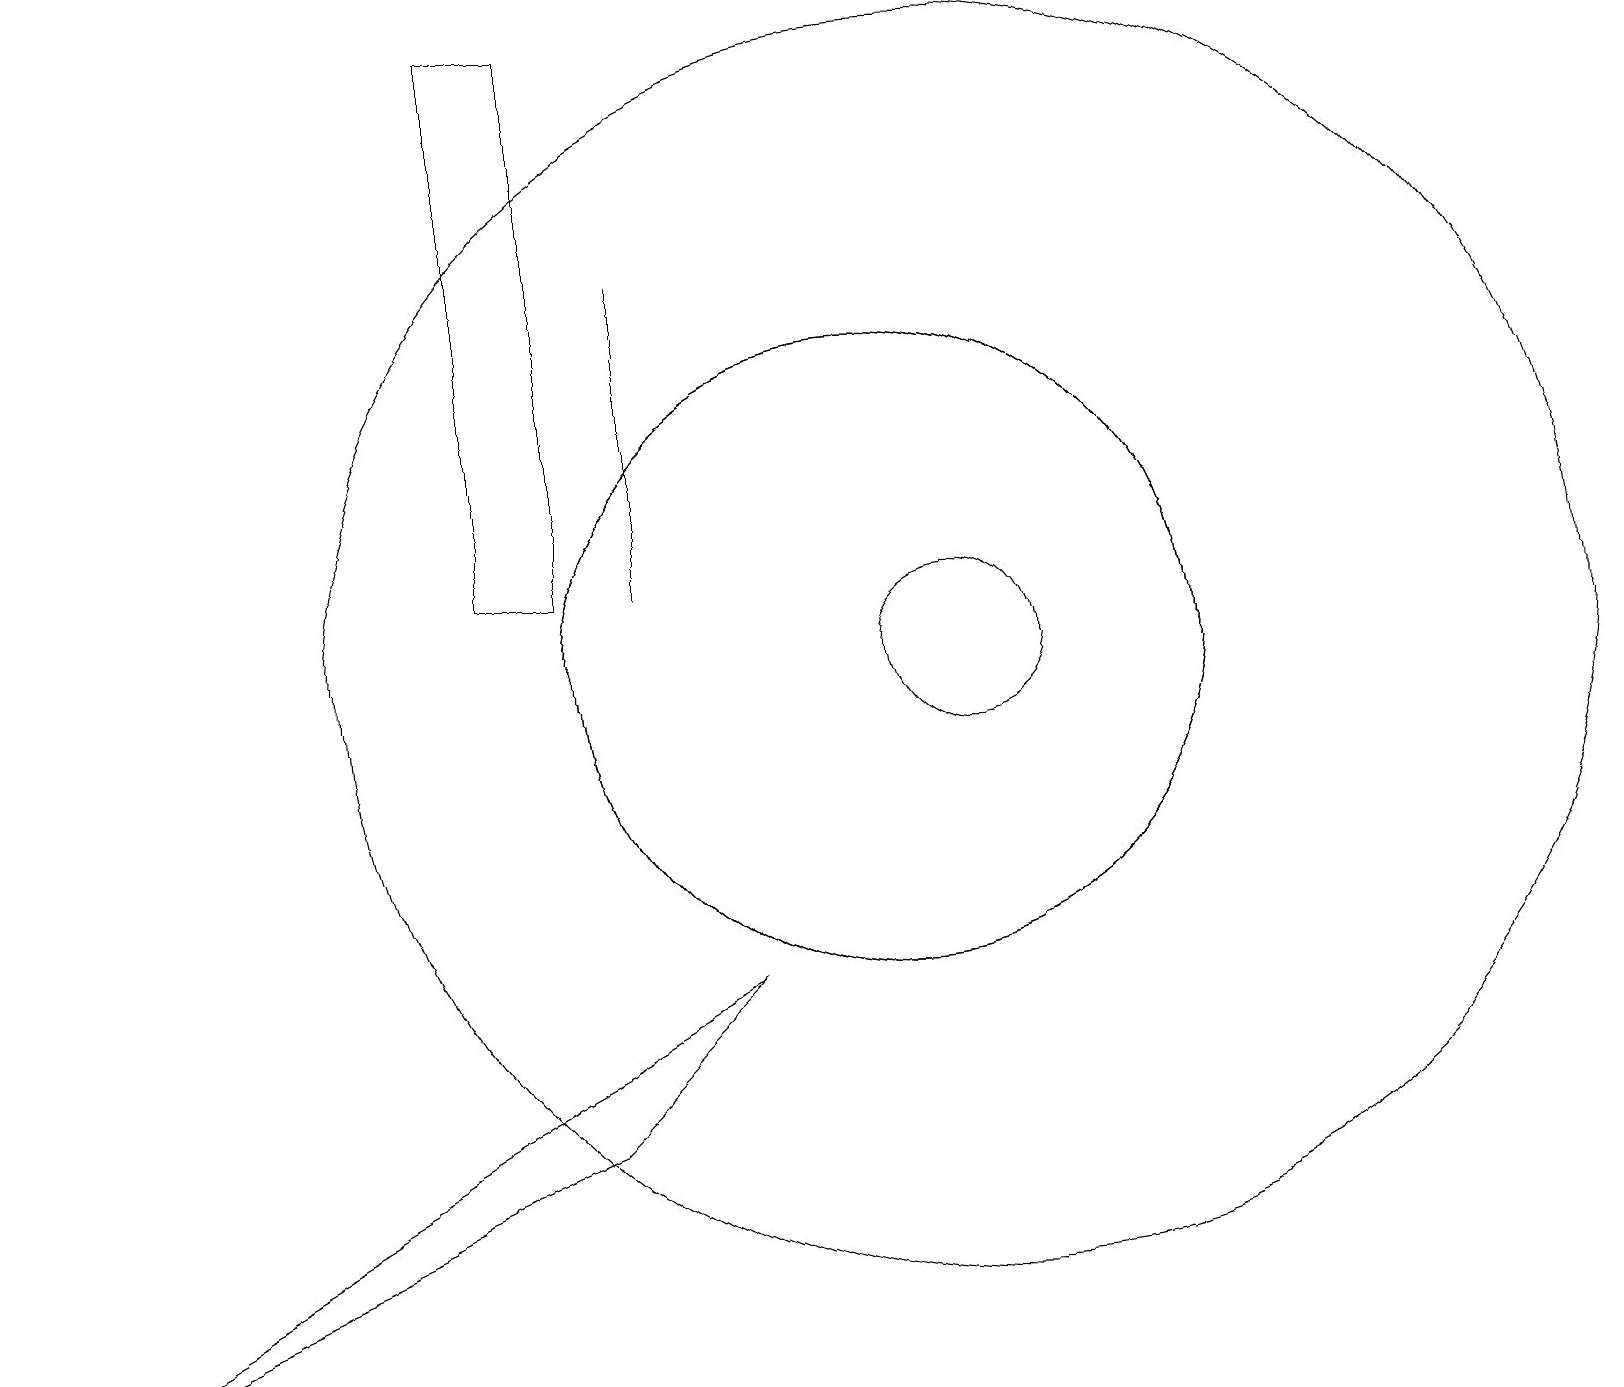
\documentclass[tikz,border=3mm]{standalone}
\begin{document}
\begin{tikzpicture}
\draw (12,11) circle (1);
\draw (7,5) -- (9,7) -- (0,2) -- cycle;
\draw (11,11) circle (4);
\draw (12,11) circle (8);
\draw (8,16) rectangle (8,12);
\draw (7,19) rectangle (6,12);
\draw (11,11) circle (4);
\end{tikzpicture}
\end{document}